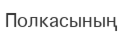
Полкасының